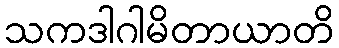
သကဒါဂါမိတာယာတိ